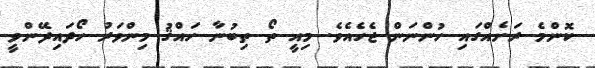
ކޮންމެ ރަށެއްގައި ހުންނަން ޖެހެއެވެ. މިއީ ތޯ ތިބުނާ ހައްޤު މިންވަރު ހޯދައިދޭންވީ